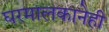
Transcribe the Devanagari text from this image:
घरमालकानेही